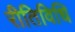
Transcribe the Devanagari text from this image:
रीतिविधि